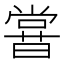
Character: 𣋈